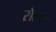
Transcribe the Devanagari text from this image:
सैलट